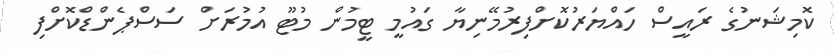
ކޮމިޝަނުގެ ރައީސް ހައްޔަރުކޮށްފިރުމޭނިޔާ ގައުމީ ޓީމުން މުޓޫ އުމުރަށް ސަސްޕެންޑްކޮށްފި